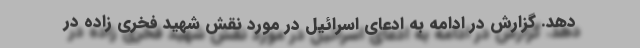
دهد. گزارش در ادامه به ادعای اسرائیل در مورد نقش شهید فخری زاده در